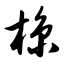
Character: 椋